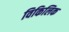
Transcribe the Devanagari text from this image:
विकिलिक